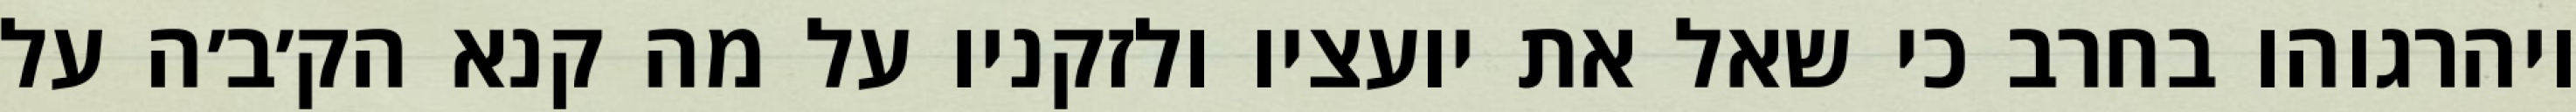
ויהרגוהו בחרב כי שאל את יועציו ולזקניו על מה קנא הק׳ב׳ה על